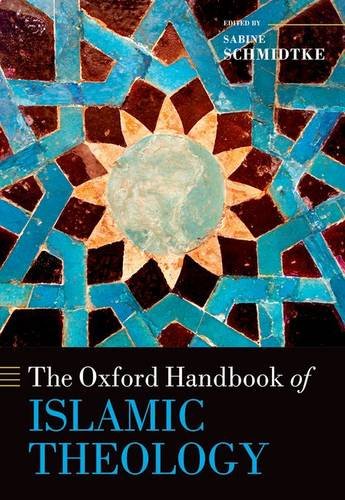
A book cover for The Oxford Handbook of Islamic Theology (Oxford Handbooks in Religion and Theology); Religion & Spirituality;